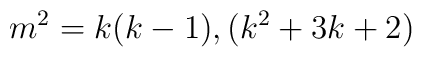
m^2 = k(k-1), (k^2 + 3k + 2)